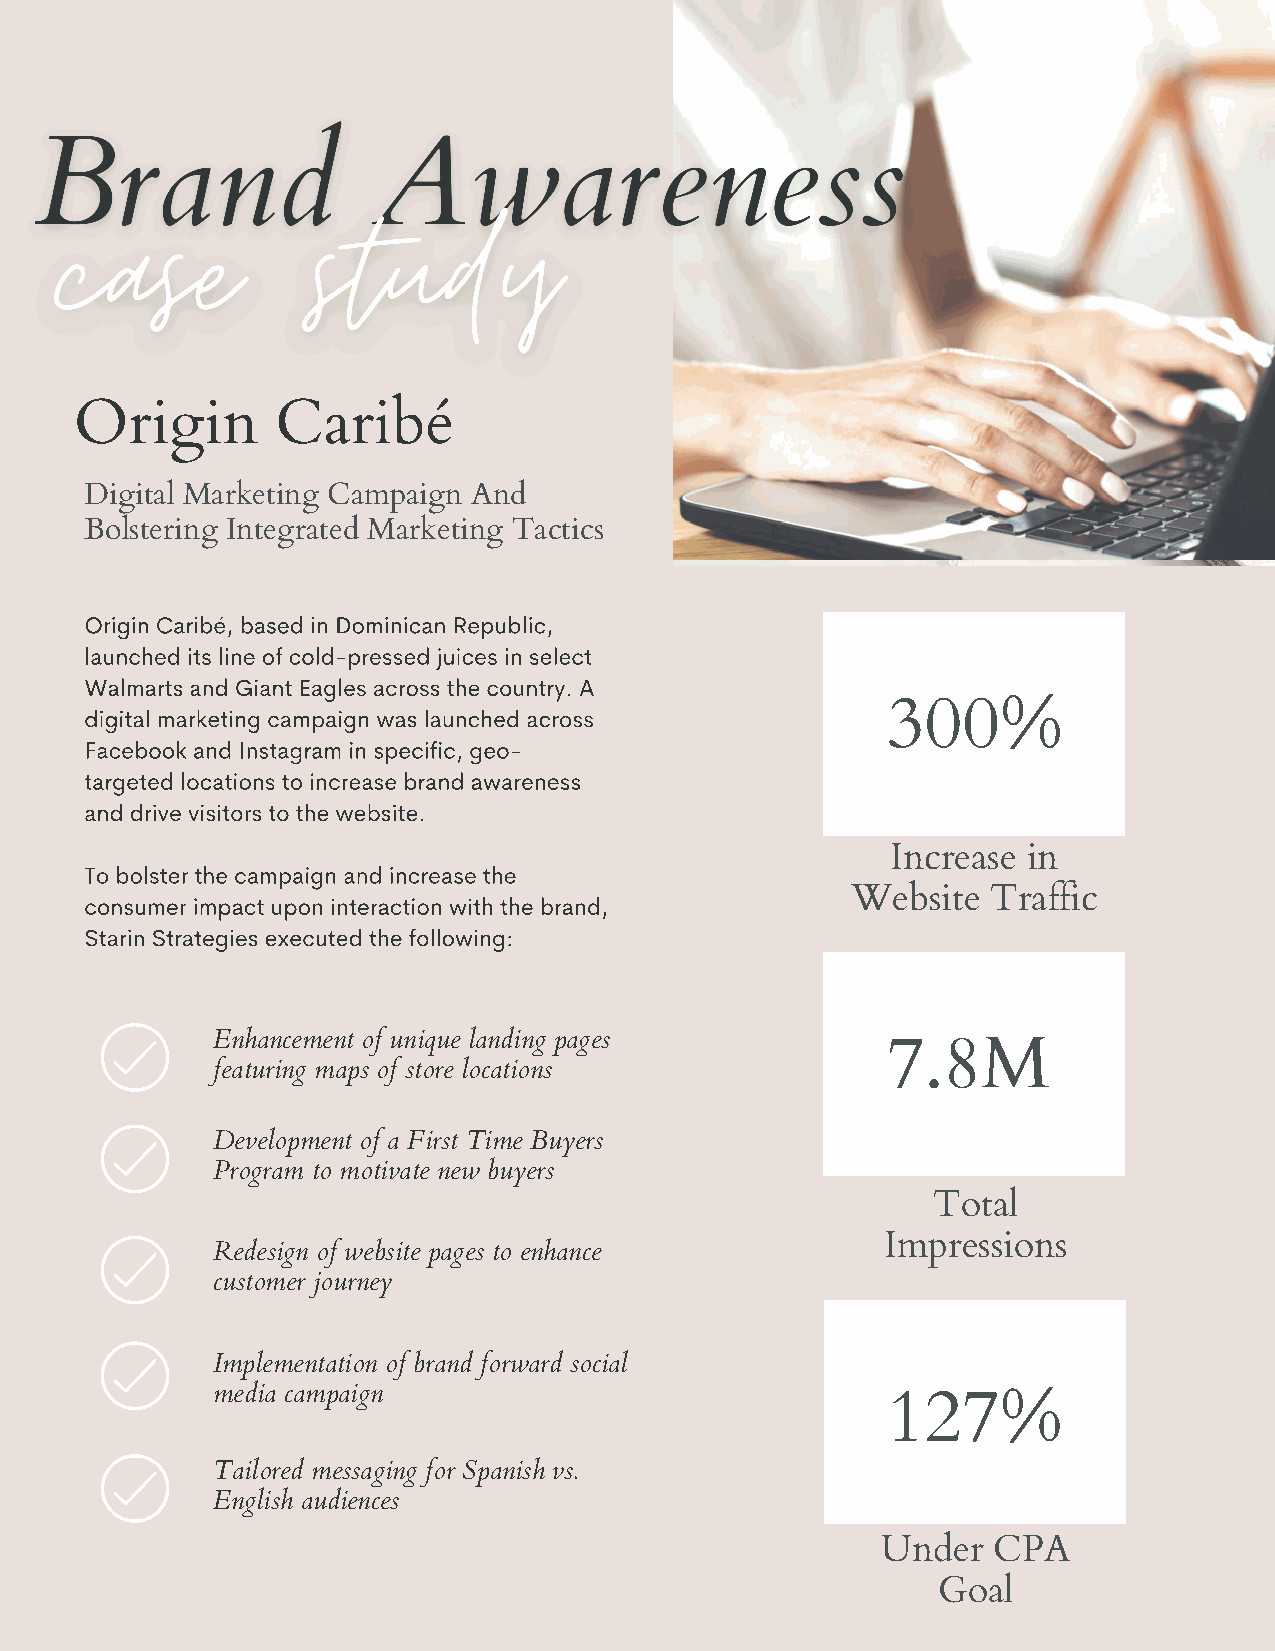
Origin       Caribé
 Digital Marketing Campaign And
 Bolstering Integrated Marketing Tactics
 Origin Caribé, based in Dominican Republic,
 launched its line of cold-pressed juices in select
 Walmarts and Giant Eagles across the country. A
 digital marketing campaign was launched across       300%
 Facebook and Instagram in specific, geo-
 targeted locations to increase brand awareness
 and drive visitors to the website.
 Increase in
 To bolster the campaign and increase the
 consumer impact upon interaction with the brand,  Website   Traffic
 Starin Strategies executed the following:
 Enhancement of unique landing pages
 7.8M
 featuring maps of store locations
 Development of a First Time Buyers
 Program to motivate new buyers
 Total
 Impressions
 Redesign of website pages to enhance
 customer journey
 Implementation of brand forward social
 media campaign
 127%
 Tailored messaging for Spanish vs.
 English audiences
 Under   CPA
 Goal